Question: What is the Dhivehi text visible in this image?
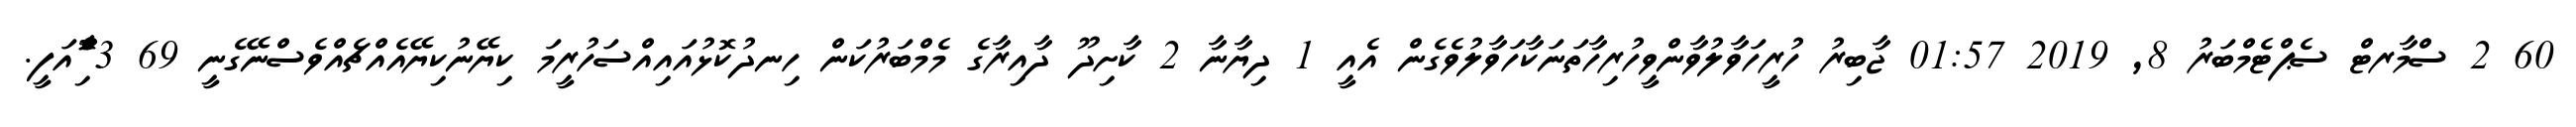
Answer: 60 2 ސްމާރޓް ސެޕްޓެމްބަރު 8, 2019 01:57 ޖާބިރު ހުރީހަވާލުވާންވީހުރިހާތަނަކާހަވާލުވެގެން އެއީ 1 ދިޔާނާ 2 ކާށިދޫ ދާއިރާގެ މެމްބަރުކަން ހިނދުކޮޅުއައިއްސަހުރީމަ ކިޔޭނުކިޔޭއެއްޗެއްވެސްނޭގެނީ 69 3 ާަަަަަެެެޮޮިުއަފީ.